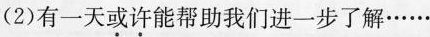
(2)有一天或许能帮助我们进一步了解……